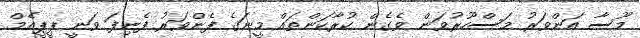
މޫސާ އަންވަރު މަސްހޫރުވަން ވެގެން ކުރާކަންތައް މީނަގެ ފެންވަރު ފެނިފަ ވަނީ ޕީޕީއެމް